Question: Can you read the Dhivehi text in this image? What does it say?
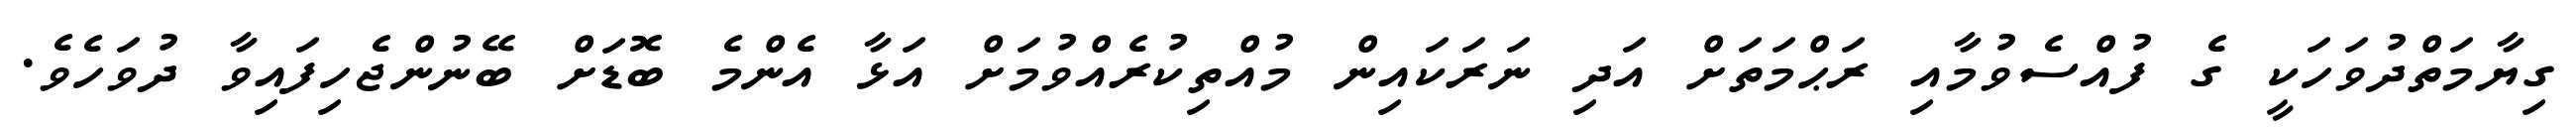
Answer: ގިޔާމަތްދުވަހަކީ ގެ ފުއްސެވުމާއި ރަޙްމަތަށް އަދި ނަރަކައިން މުއްތިކުރެއްވުމަށް އަޅާ އެންމެ ބޮޑަށް ބޭނުންޖެހިފައިވާ ދުވަހެވެ.